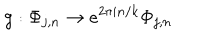
LaTeX: g : \Phi _ { j , n } \to e ^ { 2 \pi i n / k } \Phi _ { j , n }